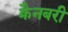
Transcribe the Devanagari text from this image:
क्रैनबरी